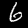
Label: 6